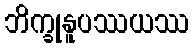
ဘိက္ခုနူပဿယဿ